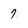
Character: 7